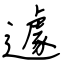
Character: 遽